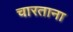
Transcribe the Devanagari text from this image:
चारताना